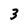
Character: 3